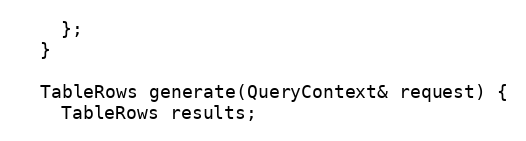
Language: C++
    };
  }

  TableRows generate(QueryContext& request) {
    TableRows results;